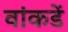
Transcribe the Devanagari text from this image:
वांकडें